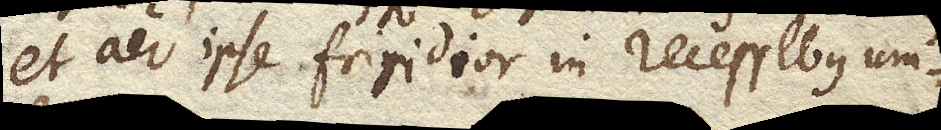
et aer ipse frigidior in recessibus um–